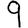
Digit: 9